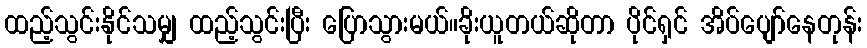
ထည့်သွင်းနိုင်သမျှ ထည့်သွင်းပြီး ပြောသွားမယ်။ခိုးယူတယ်ဆိုတာ ပိုင်ရှင် အိပ်ပျော်နေတုန်း